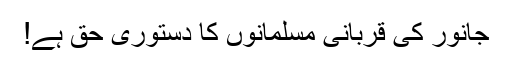
جانور کی قربانی مسلمانوں کا دستوری حق ہے!